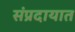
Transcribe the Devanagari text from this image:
संंप्रदायात